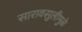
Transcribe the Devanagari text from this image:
सारावसुलीमुळे